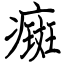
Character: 癍